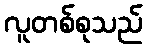
လူတစ်စုသည်